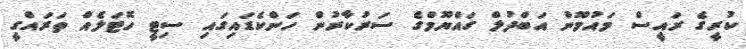
ކުރީގެ ރައީސް މައުމޫން އަބްދުލް ގައްޔޫމްގެ ސަރުކާރުން ހަންކެޑައިގައި ސިޓީ ހޮޓަލެއް ތަރައްގީ